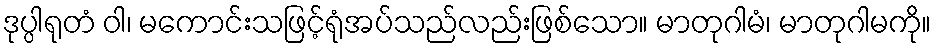
ဒုပ္ပါရုတံ ဝါ၊ မကောင်းသဖြင့်ရုံအပ်သည်လည်းဖြစ်သော။ မာတုဂါမံ၊ မာတုဂါမကို။